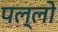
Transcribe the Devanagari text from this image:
पल्लो